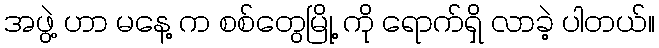
အဖွဲ့ ဟာ မနေ့ က စစ်တွေမြို့ ကို ရောက်ရှိ လာခဲ့ ပါတယ်။